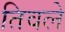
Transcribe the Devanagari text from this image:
तिवले